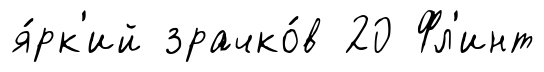
я́рк'ий зрачко́в 20 Фл'инт